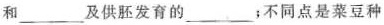
和___及供胚发育的___；不同点是菜豆种